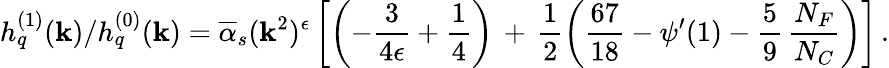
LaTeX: h_{q}^{(1)}(\mathbf{k})/h_{q}^{(0)}(\mathbf{k})=\overline{{{\alpha}}}_{s}(\mathbf{k}^{2})^{\epsilon}\left[\left(-\frac{3}{4\epsilon}+\frac{1}{4}\right)\, +\, \frac{1}{2}\left(\frac{67}{18}-\psi^{\prime}(1)-\frac{5}{9}\, \frac{N_{F}}{N_{C}}\right)\right]\, .